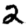
Digit: 2